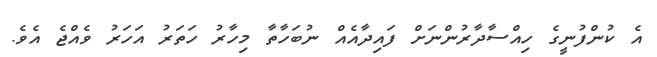
އެ ކުންފުނީގެ ހިއްސާދާރުންނަށް ފައިދާއެއް ނުބަހާތާ މިހާރު ހަތަރު އަހަރު ވެއްޖެ އެވެ.